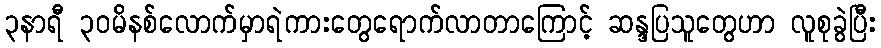
၃နာရီ ၃၀မိနစ်လောက်မှာရဲကားတွေရောက်လာတာကြောင့် ဆန္ဒပြသူတွေဟာ လူစုခွဲပြီး